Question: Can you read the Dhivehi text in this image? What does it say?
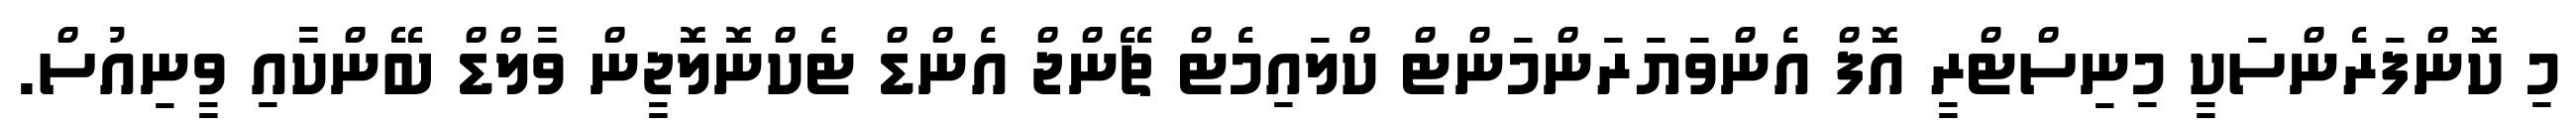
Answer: މި ކޮންފަރެންސަކީ މިނިސްޓްރީ އޮފް އެންވަޔަރަންމަންޓް ކްލައިމެޓް ޗޭންޖް އެންޑް ޓެކްނޮލޮޖީން ވާލްޑް ބޭންކާއި ވީނިއުސް.